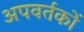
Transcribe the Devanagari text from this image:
अपवर्तकों